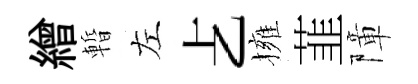
繒暫左𠧒擁韮障